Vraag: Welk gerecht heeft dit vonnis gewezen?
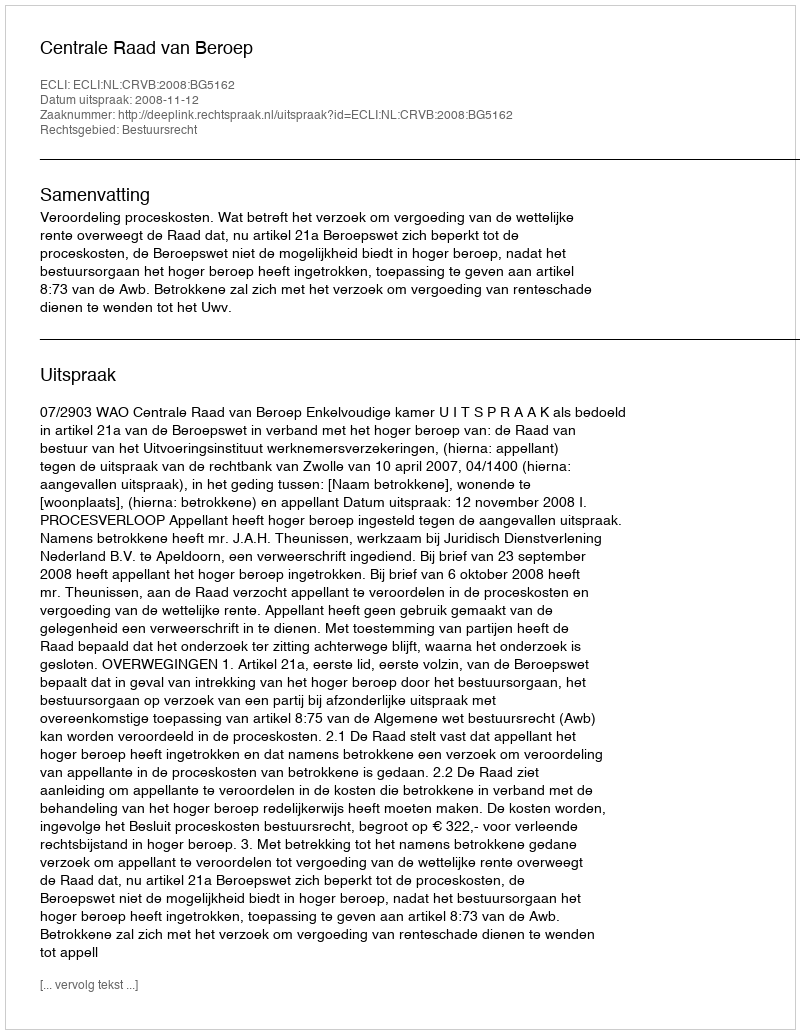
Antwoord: Centrale Raad van Beroep